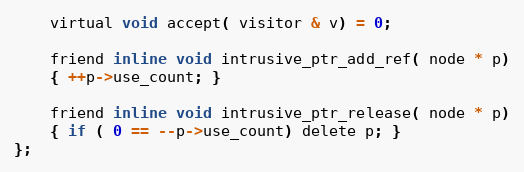
Language: C
    virtual void accept( visitor & v) = 0;

    friend inline void intrusive_ptr_add_ref( node * p)
    { ++p->use_count; }

    friend inline void intrusive_ptr_release( node * p)
    { if ( 0 == --p->use_count) delete p; }
};